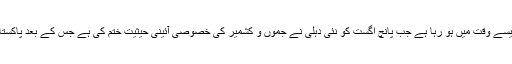
اقوام متحدہ کی جنرل اسمبلی کا اجلاس ایک ایسے وقت میں ہو رہا ہے جب پانچ اگست کو نئی دہلی نے جموں و کشمیر کی خصوصی آئینی حیثیت ختم کی ہے جس کے بعد پاکستان اور بھارت کے تعلقات انتہائی کشیدہ ہیں ۔